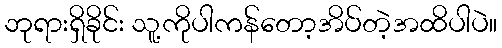
ဘုရားရှိခိုင်း သူ့ကိုပါကန်တော့အိပ်တဲ့အထိပါပဲ။